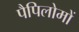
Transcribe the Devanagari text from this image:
पैपिलोमों